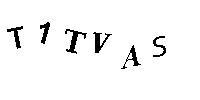
T1TVAS